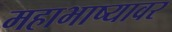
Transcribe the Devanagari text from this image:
महाभाष्यावर